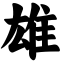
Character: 雄